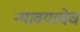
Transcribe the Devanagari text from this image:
न्यावयाचेच